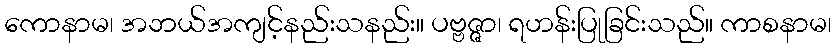
ကောနာမ၊ အဘယ်အကျင့်နည်းသနည်း။ ပဗ္ဗဇ္ဇာ၊ ရဟန်းပြုခြင်းသည်။ ကာစနာမ၊